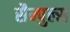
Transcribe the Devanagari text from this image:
सैम्पुल्स